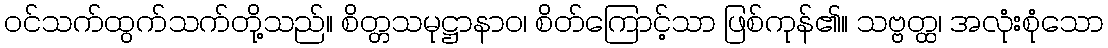
ဝင်သက်ထွက်သက်တို့သည်။ စိတ္တသမုဋ္ဌာနာဝ၊ စိတ်ကြောင့်သာ ဖြစ်ကုန်၏။ သဗ္ဗတ္ထ၊ အလုံးစုံသော